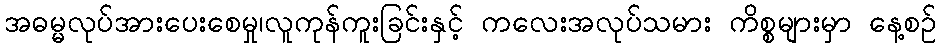
အဓမ္မလုပ်အားပေးစေမှု၊လူကုန်ကူးခြင်းနှင့် ကလေးအလုပ်သမား ကိစ္စများမှာ နေ့စဉ်